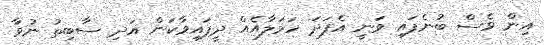
އިން ވެސް ބުނެފައި ވަނީ އެފަދަ ހަމަލާއެއް ދީފައިވާކަން އަދި ސާބިތު ނުވާ